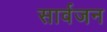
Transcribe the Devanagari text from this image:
सार्वजन